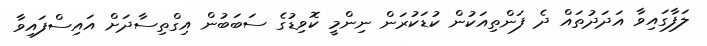
ލަފާގައިވާ އަދަދުތައް ދެ ފަންތިއަކުން ކުޑަކުރަން ނިންމީ ކޮވިޑުގެ ސަބަބުން އިގްތިސާދަށް އައިސްފައިވާ